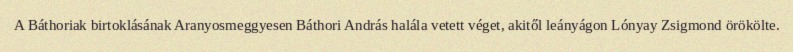
A Báthoriak birtoklásának Aranyosmeggyesen Báthori András halála vetett véget, akitől leányágon Lónyay Zsigmond örökölte.